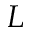
L